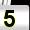
Digit: 5